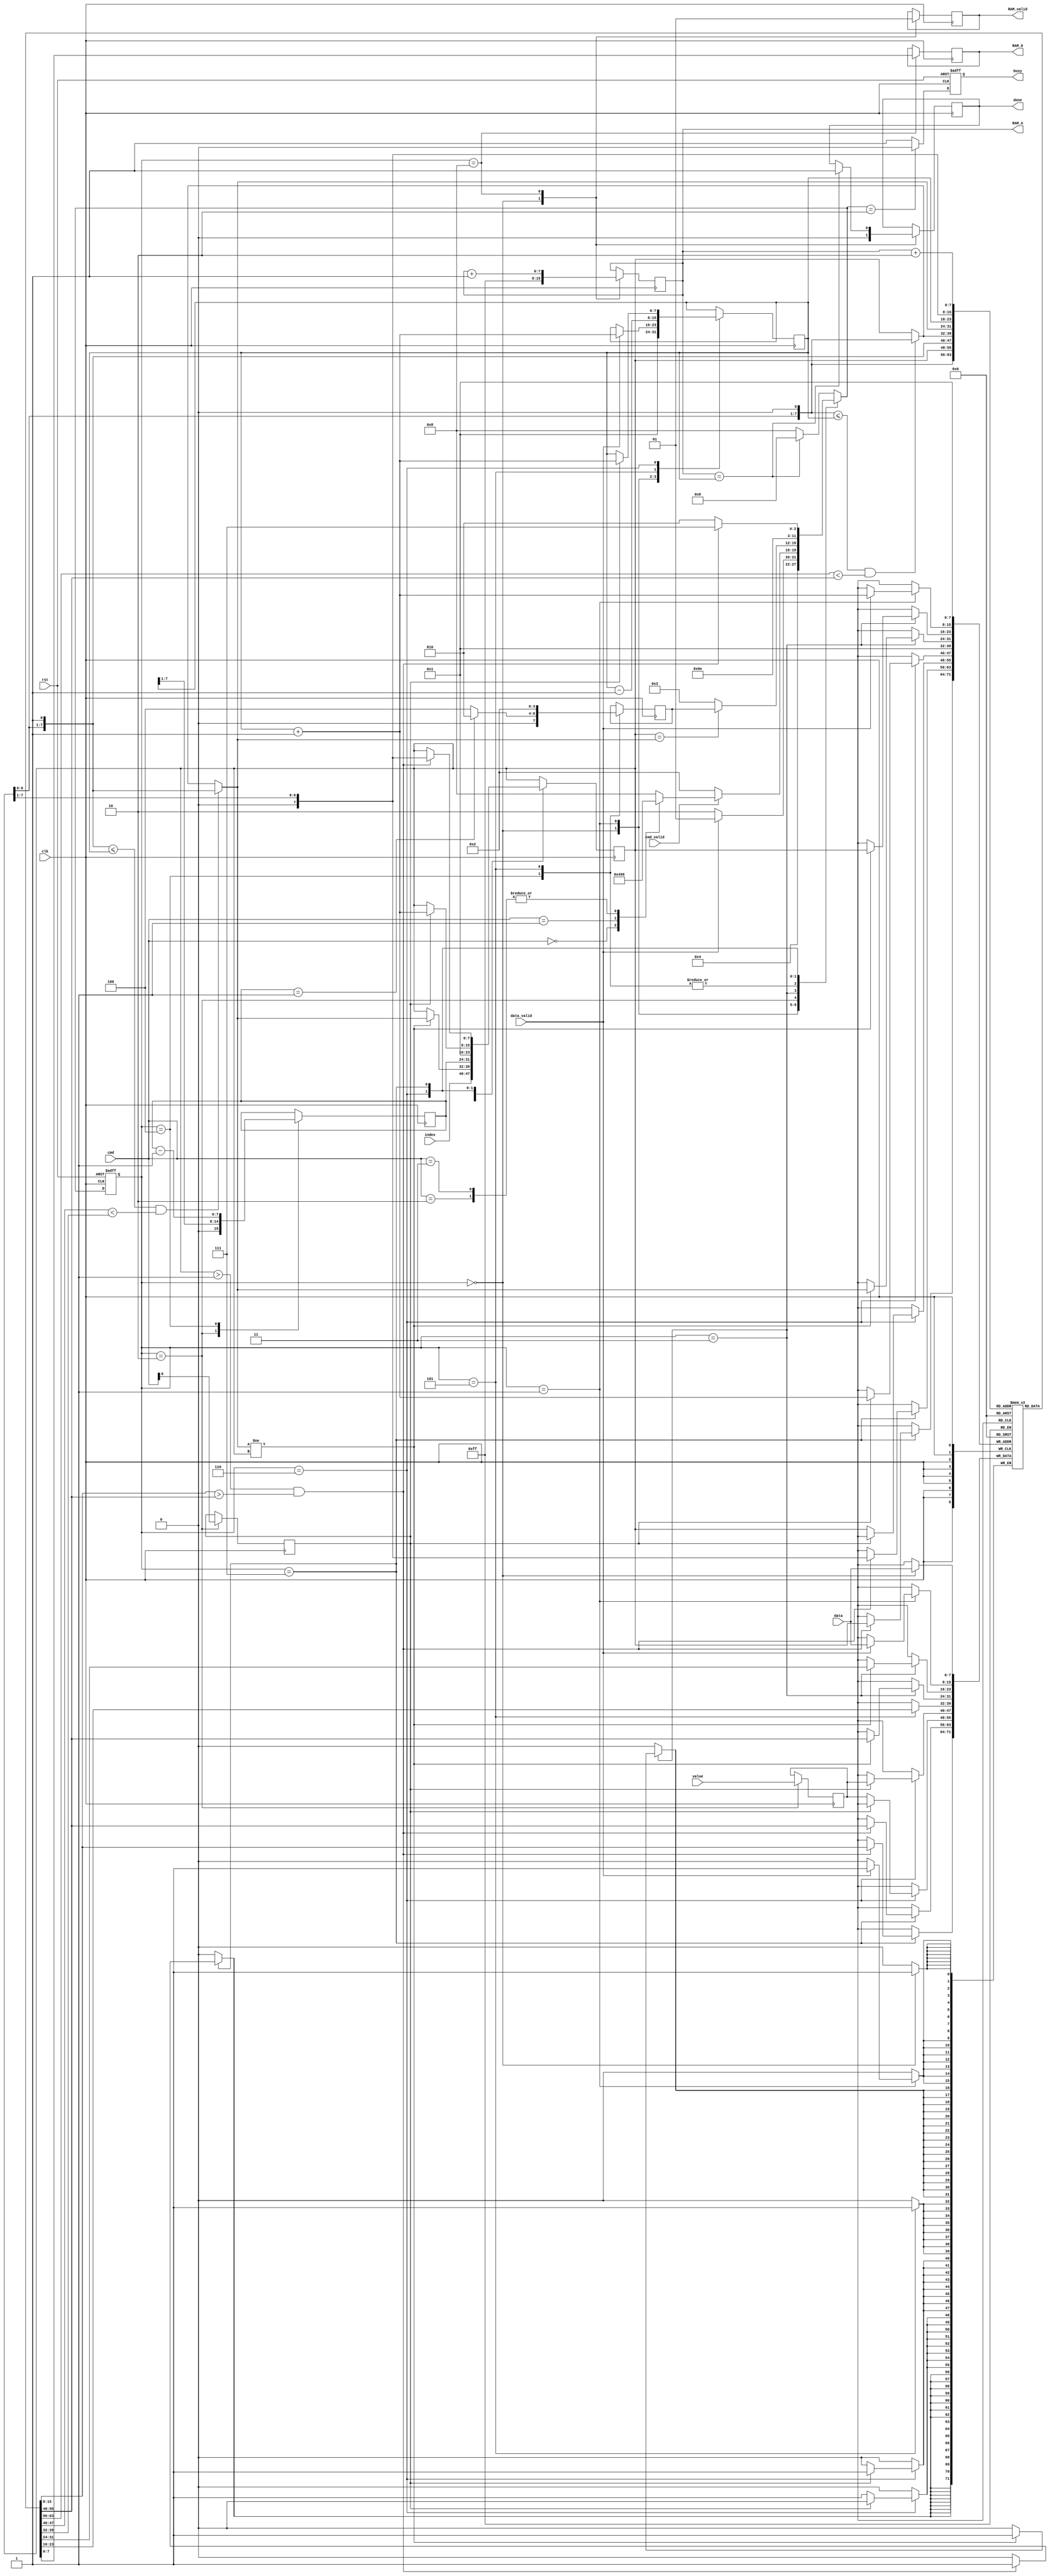
module MPQ(clk,rst,data_valid,data,cmd_valid,cmd,index,value,busy,RAM_valid,RAM_A,RAM_D,done);
input clk;
input rst;
input data_valid;
input [7:0] data;
input cmd_valid;
input [2:0] cmd;
input [7:0] index;
input [7:0] value;
output reg busy;
output reg RAM_valid;
output reg [7:0]RAM_A;
output reg [7:0]RAM_D;
output reg done;

localparam
    reset    = 0,
    load     = 1, // load the queue data
    wait_cmd = 2,
    heapify  = 3, // used for `extract_max` and `build_queue`
    build    = 4,
    extract  = 5,
    insert   = 6, // use cmd[0] to identify is `insert_data` or `increase_value`
    while_0  = 7,
    write    = 8;

// ret_state: return state used to return when the heapify operation is done
reg[3:0] state, nxt_state, ret_state;
reg[7:0] A[0:255];
reg[7:0] num, build_i, left, right, smallest;
reg[7:0] index_tmp;
reg[7:0] value_tmp;
reg is_insert;
wire [7:0] index_tmp_parent = index_tmp >> 1; // find the parent index of index_tmp for the increase_value while loop purpose
wire [7:0] RAM_A_plus2 = RAM_A + 2;
wire inc_continue = (index_tmp > 1) && (A[index_tmp_parent] > A[index_tmp]); // while loop termainated condition of `increase_value` function

// async reset operation for the state assignment
always @(posedge clk, posedge rst)
    if(rst) state <= reset;
    else    state <= nxt_state;

// Next State logic
always @(*) begin
    case(state)
        reset : nxt_state = load;
        load : begin
            // keep loading data until data_valid is 0
            if(!data_valid)
                nxt_state = wait_cmd;
            else
                nxt_state = load;
        end         
        wait_cmd : begin
            // update Next State based on the cmd and cmd_valid
            if(!cmd_valid)
                nxt_state = wait_cmd;
            else begin
                case(cmd)
                    0 : nxt_state = build;
                    1 : nxt_state = extract;
                    2 : nxt_state = insert;
                    3 : nxt_state = insert;
                    default : nxt_state = write;
                endcase
            end
        end
        heapify : begin
            if(index_tmp == smallest)
                nxt_state = ret_state; // if index_tmp==smallest, return basde on ret_state(defined in heapfiy operation down below)
            else
                nxt_state = heapify; // if index_tmp!=smallest, keep heapify
        end
        build : begin
            nxt_state = heapify;
        end
        extract : begin
            nxt_state = heapify;
        end
        insert : begin
            nxt_state = while_0; // after the insert operation, must do the while loop
        end
        while_0 : begin
            if(!inc_continue)
                nxt_state = wait_cmd;
            else
                nxt_state = while_0;
        end
        default : begin
            if(RAM_A == num)
                nxt_state = reset;
            else
                nxt_state = write;
        end
    endcase
end

// find the smallest for the heapify state
always @(*) begin // find max
    // shift the index_tmp left and conconcatenation with 0 and 1 to represent left_node and right_node index, respectively
    left = {index_tmp, 1'b0};
    right = {index_tmp, 1'b1};
    smallest = index_tmp;
    if((left <= num) && (A[left] < A[index_tmp]))
        smallest = left;
    if((right <= num) && (A[right] < A[smallest]))
        smallest = right;
end

// 
always @(posedge clk) begin
    case(state)
        reset : begin
            // start saving data from index 1
            A[1] <= data;
            num <= 1;
            RAM_valid <= 0;
            RAM_A     <= -1; // 8'hFF;
            done <= 0;
        end
        load : begin
            if(data_valid) begin
                num <= num + 1;
                A[num + 1] <= data;
            end
        end
        // when waiting for cmd, update the related values
        wait_cmd : begin
            build_i <= (num >> 1);
            index_tmp <= index; // for `increase_value`
            value_tmp <= value; // for `increase_value` or `insert_data`
            is_insert <= cmd[0]; // increase : 010 insert : 011
        end 
        heapify : begin
            // exchange A[i] with A[smallest]
            if(smallest != index_tmp) begin
                A[index_tmp] <= A[smallest];
                A[smallest] <= A[index_tmp];
                index_tmp <= smallest; // need to keep maxify with the index_tmp updated to smallest
            end
        end 
        build : begin
            // update index_tmp to build_i
            index_tmp <= build_i;
            build_i <= build_i - 1;
            if(build_i == 1)
                ret_state <= wait_cmd; // when build_i is 1, meaning the process is done, wait next cmd when the heapify is done
            else
                ret_state <= build; // else, keep build queue when the heapify is done
        end 
        extract : begin
            A[1] <= A[num];
            num <= num - 1;
            index_tmp <= 1;
            ret_state <= wait_cmd; // after the heapify operation, move to wait_cmd state
        end 
        insert : begin
            // identify if the operation is insert_value or increase_value based on the cmd[0]
            if(is_insert) begin
                // insert the value
                num <= num + 1;
                A[num + 1] <= value_tmp;
                index_tmp <= num + 1;
            end 
            else begin
                // increase the value
                A[index_tmp] <= value_tmp;
            end
        end 
        while_0 : begin
            if(inc_continue) begin
                // exchange A[index] with A[PARENT(index)]
                // and update index_tmp to index_tmp_parent, then the inc_continue wire will update automatically
                A[index_tmp_parent] <= A[index_tmp];
                A[index_tmp] <= A[index_tmp_parent];
                index_tmp <= index_tmp_parent;
            end
        end
        write : begin
            RAM_valid <= 1;
            // RAM_A starts from -1, so when accessing RAM_D using index, need to use RAM_A_plus2
            RAM_A <= RAM_A + 1;
            RAM_D <= A[RAM_A_plus2];
            if(RAM_A == num) done <= 1;
        end 
    endcase
end

// reset operation for busy signl control
// only enable busy to 0 when wait_cmd state
always @(posedge clk, posedge rst) begin
    if(rst) begin
        busy <= 0;
    end else begin
        if(nxt_state == wait_cmd)
            busy <= 0;
        else
            busy <= 1;
    end
end


endmodule